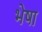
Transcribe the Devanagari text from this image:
भेषा